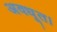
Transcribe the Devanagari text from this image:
अवधूत।